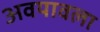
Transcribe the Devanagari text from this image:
अवयावला